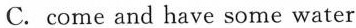
C.come and have some water